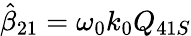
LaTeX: \hat{\beta}_{21}=\omega_{0}k_{0}Q_{41S}